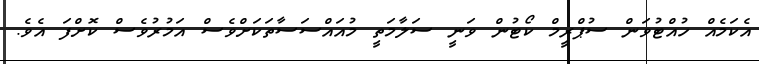
އެކަމެއް ހުއްޓުވަން ސުޕްރީމް ކޯޓުން ވަނީ ސަލާމަތީ މުއައްސަސާތަކަށްވެސް އަމުރުވެސް ކޮށްފަ އެވެ.